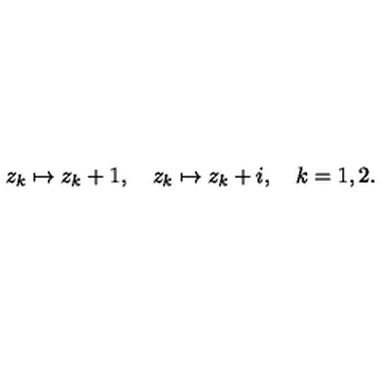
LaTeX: z _ { k } \mapsto z _ { k } + 1 , \quad z _ { k } \mapsto z _ { k } + i , \quad k = 1 , 2 .